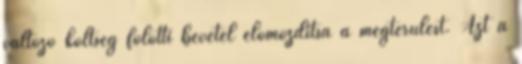
változó költség fölötti bevétel előmozdítsa a megtérülést. Azt a